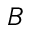
B